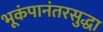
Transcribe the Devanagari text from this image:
भूकंपानंतरसुद्धा